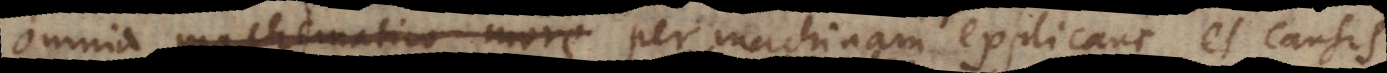
m culpantium voces per machinam explicant, et causis